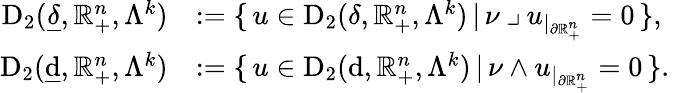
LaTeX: \begin{array}{rl}{\mathrm{D}_{2}(\underline{{\delta}},\mathbb{R}_{+}^{n},\Lambda^{k})}&{:=\{ \, u\in\mathrm{D}_{2}(\delta,\mathbb{R}_{+}^{n},\Lambda^{k})\, |\, \nu\mathbin{\lrcorner}u_{|_{\partial\mathbb{R}_{+}^{n}}}=0\, \} \mathrm{,~}}\\ {\mathrm{D}_{2}(\underline{{\mathrm{d}}},\mathbb{R}_{+}^{n},\Lambda^{k})}&{:=\{ \, u\in\mathrm{D}_{2}(\mathrm{d},\mathbb{R}_{+}^{n},\Lambda^{k})\, |\, \nu\wedge u_{|_{\partial\mathbb{R}_{+}^{n}}}=0\, \} \mathrm{.~}}\end{array}